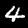
Digit: 4